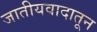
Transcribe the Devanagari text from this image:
जातीयवादातून